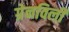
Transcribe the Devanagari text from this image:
ग्रेनविली